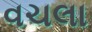
વચલા